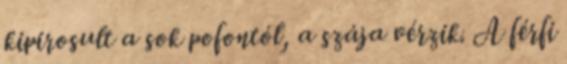
kipirosult a sok pofontól, a szája vérzik. A férfi